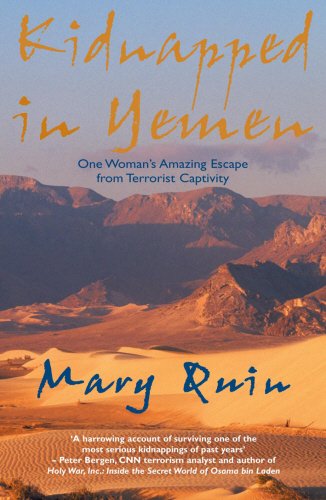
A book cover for Kidnapped In Yemen: One Woman's Amazing Escape from Terrorist Captivity; Mary Quin; Travel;